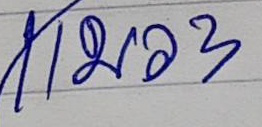
แมว 3